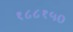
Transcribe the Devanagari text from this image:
१८८१५०